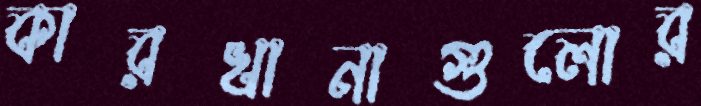
কারখানাগুলোর